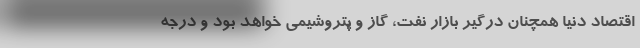
اقتصاد دنیا همچنان درگیر بازار نفت، گاز و پتروشیمی خواهد بود و درجه